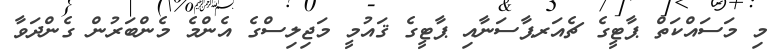
މި މަސައްކަތް ޕާޓީގެ ޗެއަރޕާސަނާއި ޕާޓީގެ ޤައުމީ މަޖިލިސްގެ އެންމެ މެންބަރުން ގެންދަވާ